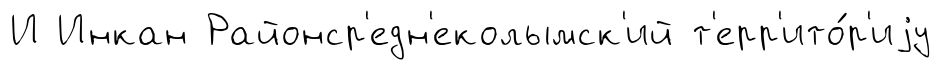
И Инкан Районср'едн'еколымск'ий т'ерр'ито́р'иjу